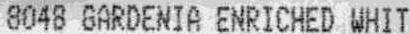
8048 GARDENIA ENRICHED WHIT